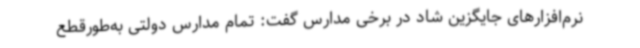
نرم‌افزارهای جایگزین شاد در برخی مدارس گفت: تمام مدارس دولتی به‌طورقطع